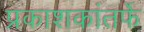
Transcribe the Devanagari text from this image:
प्रकाशकांतर्फे